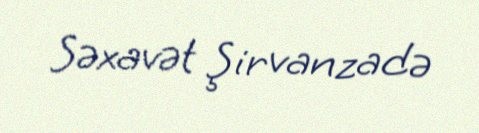
Səxavət Şirvanzadə